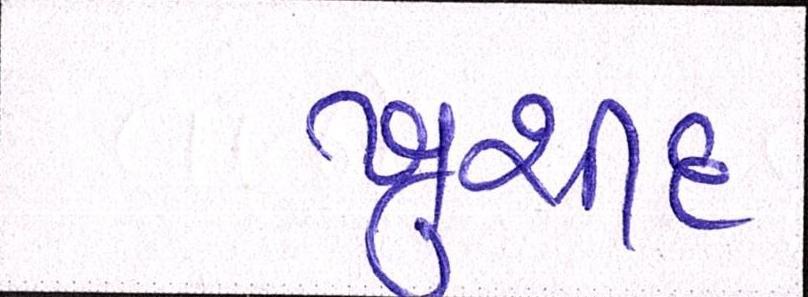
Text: ખુર્શીદ